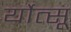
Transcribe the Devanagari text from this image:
र्योत्सू